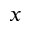
x